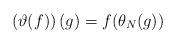
LaTeX: \begin{align*}\left(\vartheta(f)\right)(g)= f(\theta_N(g)) \end{align*}